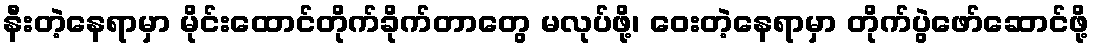
နီးတဲ့နေရာမှာ မိုင်းထောင်တိုက်ခိုက်တာတွေ မလုပ်ဖို့၊ ဝေးတဲ့နေရာမှာ တိုက်ပွဲဖော်ဆောင်ဖို့